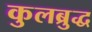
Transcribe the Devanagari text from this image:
कुलब्रुद्ध